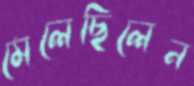
মেলেছিলেন